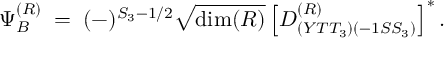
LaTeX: \Psi _ { B } ^ { ( \cal R ) } \; = \; ( - ) ^ { S _ { 3 } - 1 / 2 } \sqrt { \mathrm { d i m } ( \cal R ) } \left[ D _ { ( Y T T _ { 3 } ) ( - 1 S S _ { 3 } ) } ^ { ( \cal R ) } \right] ^ { * } .